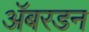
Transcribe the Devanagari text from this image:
ॲबरडन